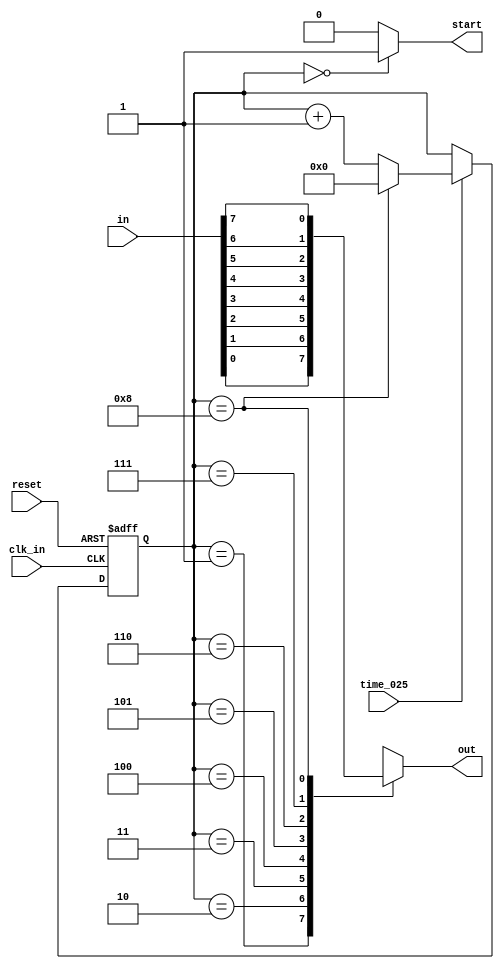
module select8
(
	input reset,
	input clk_in,
	input [8:1] in,			//8 inputs
	input time_025,			//this is a pulse signal, every 0.25s it will experience a period of level'1'
	
	output reg start,
	output reg out				//this must be 'output reg' so it can be assigned in 'always'-block
);



reg [3:0] addr;


always @(posedge clk_in or negedge reset)
begin
	if(reset == 1'b0) begin
		addr <= 4'd0;
	end
	else begin
		if(time_025 == 1'b1) begin
			if(addr == 4'd8)	begin
				addr <= 4'd0;
			end
			else begin
				addr <= addr + 4'd1;
			end
		end
	end
end



always @(*)
begin
	if(addr == 4'd00) begin
		start = 1'b1;
	end
	else begin
		start = 1'b0;
	end
end



always @(*)
begin
	case(addr)
		4'd00: 
			out = 1'bx;
		4'd01:
			out = in[1];
		4'd02: 
			out = in[2];
		4'd03:
			out = in[3];
		4'd04: 
			out = in[4];
		4'd05:
			out = in[5];
		4'd06: 
			out = in[6];
		4'd07:
			out = in[7];
		4'd08: 
			out = in[8];

		default: 
			out = 1'bx;
	endcase
end



endmodule